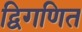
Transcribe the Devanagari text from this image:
द्विगणित